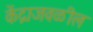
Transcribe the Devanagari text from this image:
केंद्राजवळील